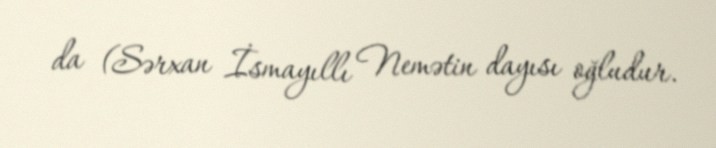
da (Sərxan İsmayıllı Nemətin dayısı oğludur.